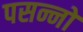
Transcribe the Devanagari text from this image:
पसन्नो